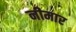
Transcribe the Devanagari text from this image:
नीमार